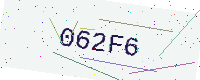
Text: 062F6